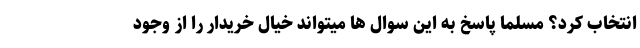
انتخاب کرد؟ مسلما پاسخ به این سوال ها میتواند خیال خریدار را از وجود